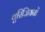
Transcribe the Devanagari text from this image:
थुरिंजियनों